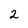
Character: 2